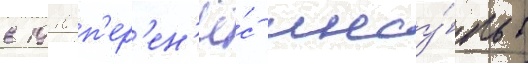
в 1910 п'ер'ен'ё́с инсу́льт